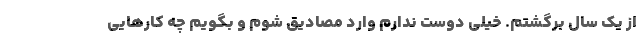
از یک سال برگشتم. خیلی دوست ندارم وارد مصادیق شوم و بگویم چه کارهایی